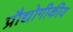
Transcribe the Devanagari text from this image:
प्रौद्योगीकीय